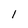
Character: 1